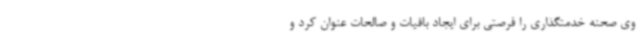
وی صحنه خدمتگذاری را فرصتی برای ایجاد باقیات و صالحات عنوان کرد و